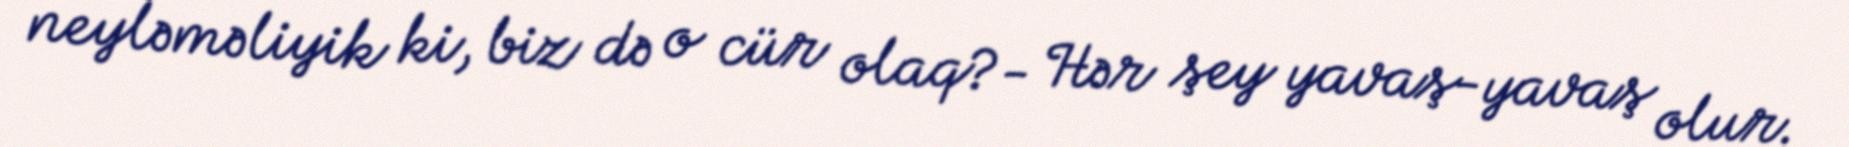
neyləməliyik ki, biz də o cür olaq?- Hər şey yavaş-yavaş olur.